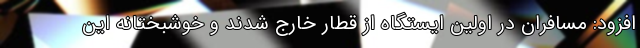
افزود: مسافران در اولین ایستگاه از قطار خارج شدند و خوشبختانه این